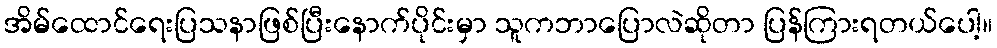
အိမ်ထောင်ရေးပြသနာဖြစ်ပြီးနောက်ပိုင်းမှာ သူကဘာပြောလဲဆိုတာ ပြန်ကြားရတယ်ပေါ့။